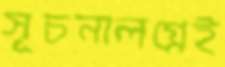
সূচনালগ্নেই